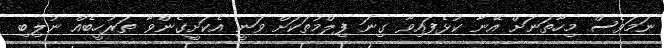
ނަމަވެސް މިހާތަނަށް އޭނާ ކުޅެފައިވާ ގިނަ ފިލްމުތަކަށް ވަނީ އެކަށީގެންވާ ތަރުހީބެއް ނުލިބި